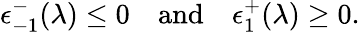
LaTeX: \epsilon_{-1}^{-}(\lambda)\leq 0\quad\mathrm{and}\quad\epsilon_{1}^{+}(\lambda)\geq 0.